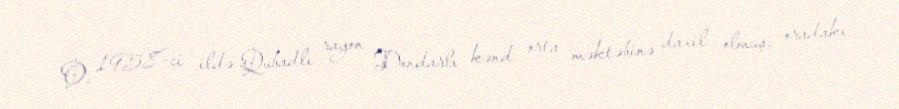
O, 1958-ci ildə Qubadlı rayon Dondarlı kənd orta məktəbinə daxil olmuş, oradakı